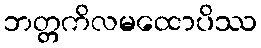
ဘတ္တကိလမထောပိဿ